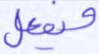
ويفعل